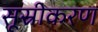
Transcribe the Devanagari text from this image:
सूस्रीकरण